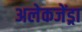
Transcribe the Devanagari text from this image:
अलेकजेंड्रा